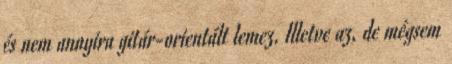
és nem annyira gitár-orientált lemez. Illetve az, de mégsem